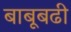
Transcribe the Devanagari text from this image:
बाबूबढी